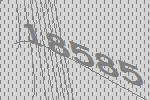
18585